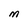
Character: M